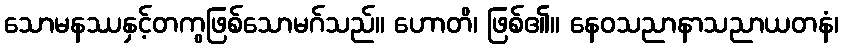
သောမနဿနှင့်တကွဖြစ်သောမဂ်သည်။ ဟောတိ၊ ဖြစ်၏။ နေဝသညာနာသညာယတနံ၊